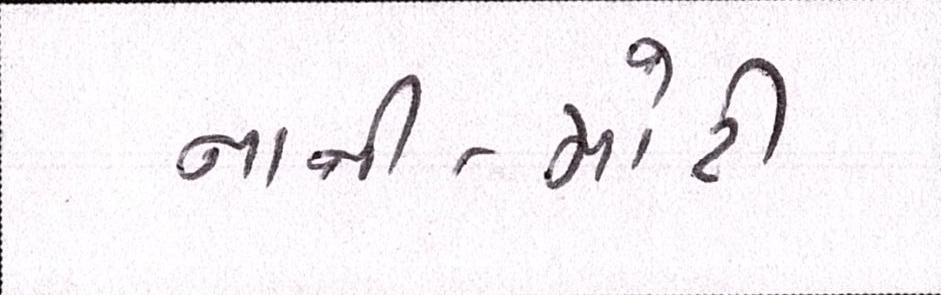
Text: નાની-મોટી